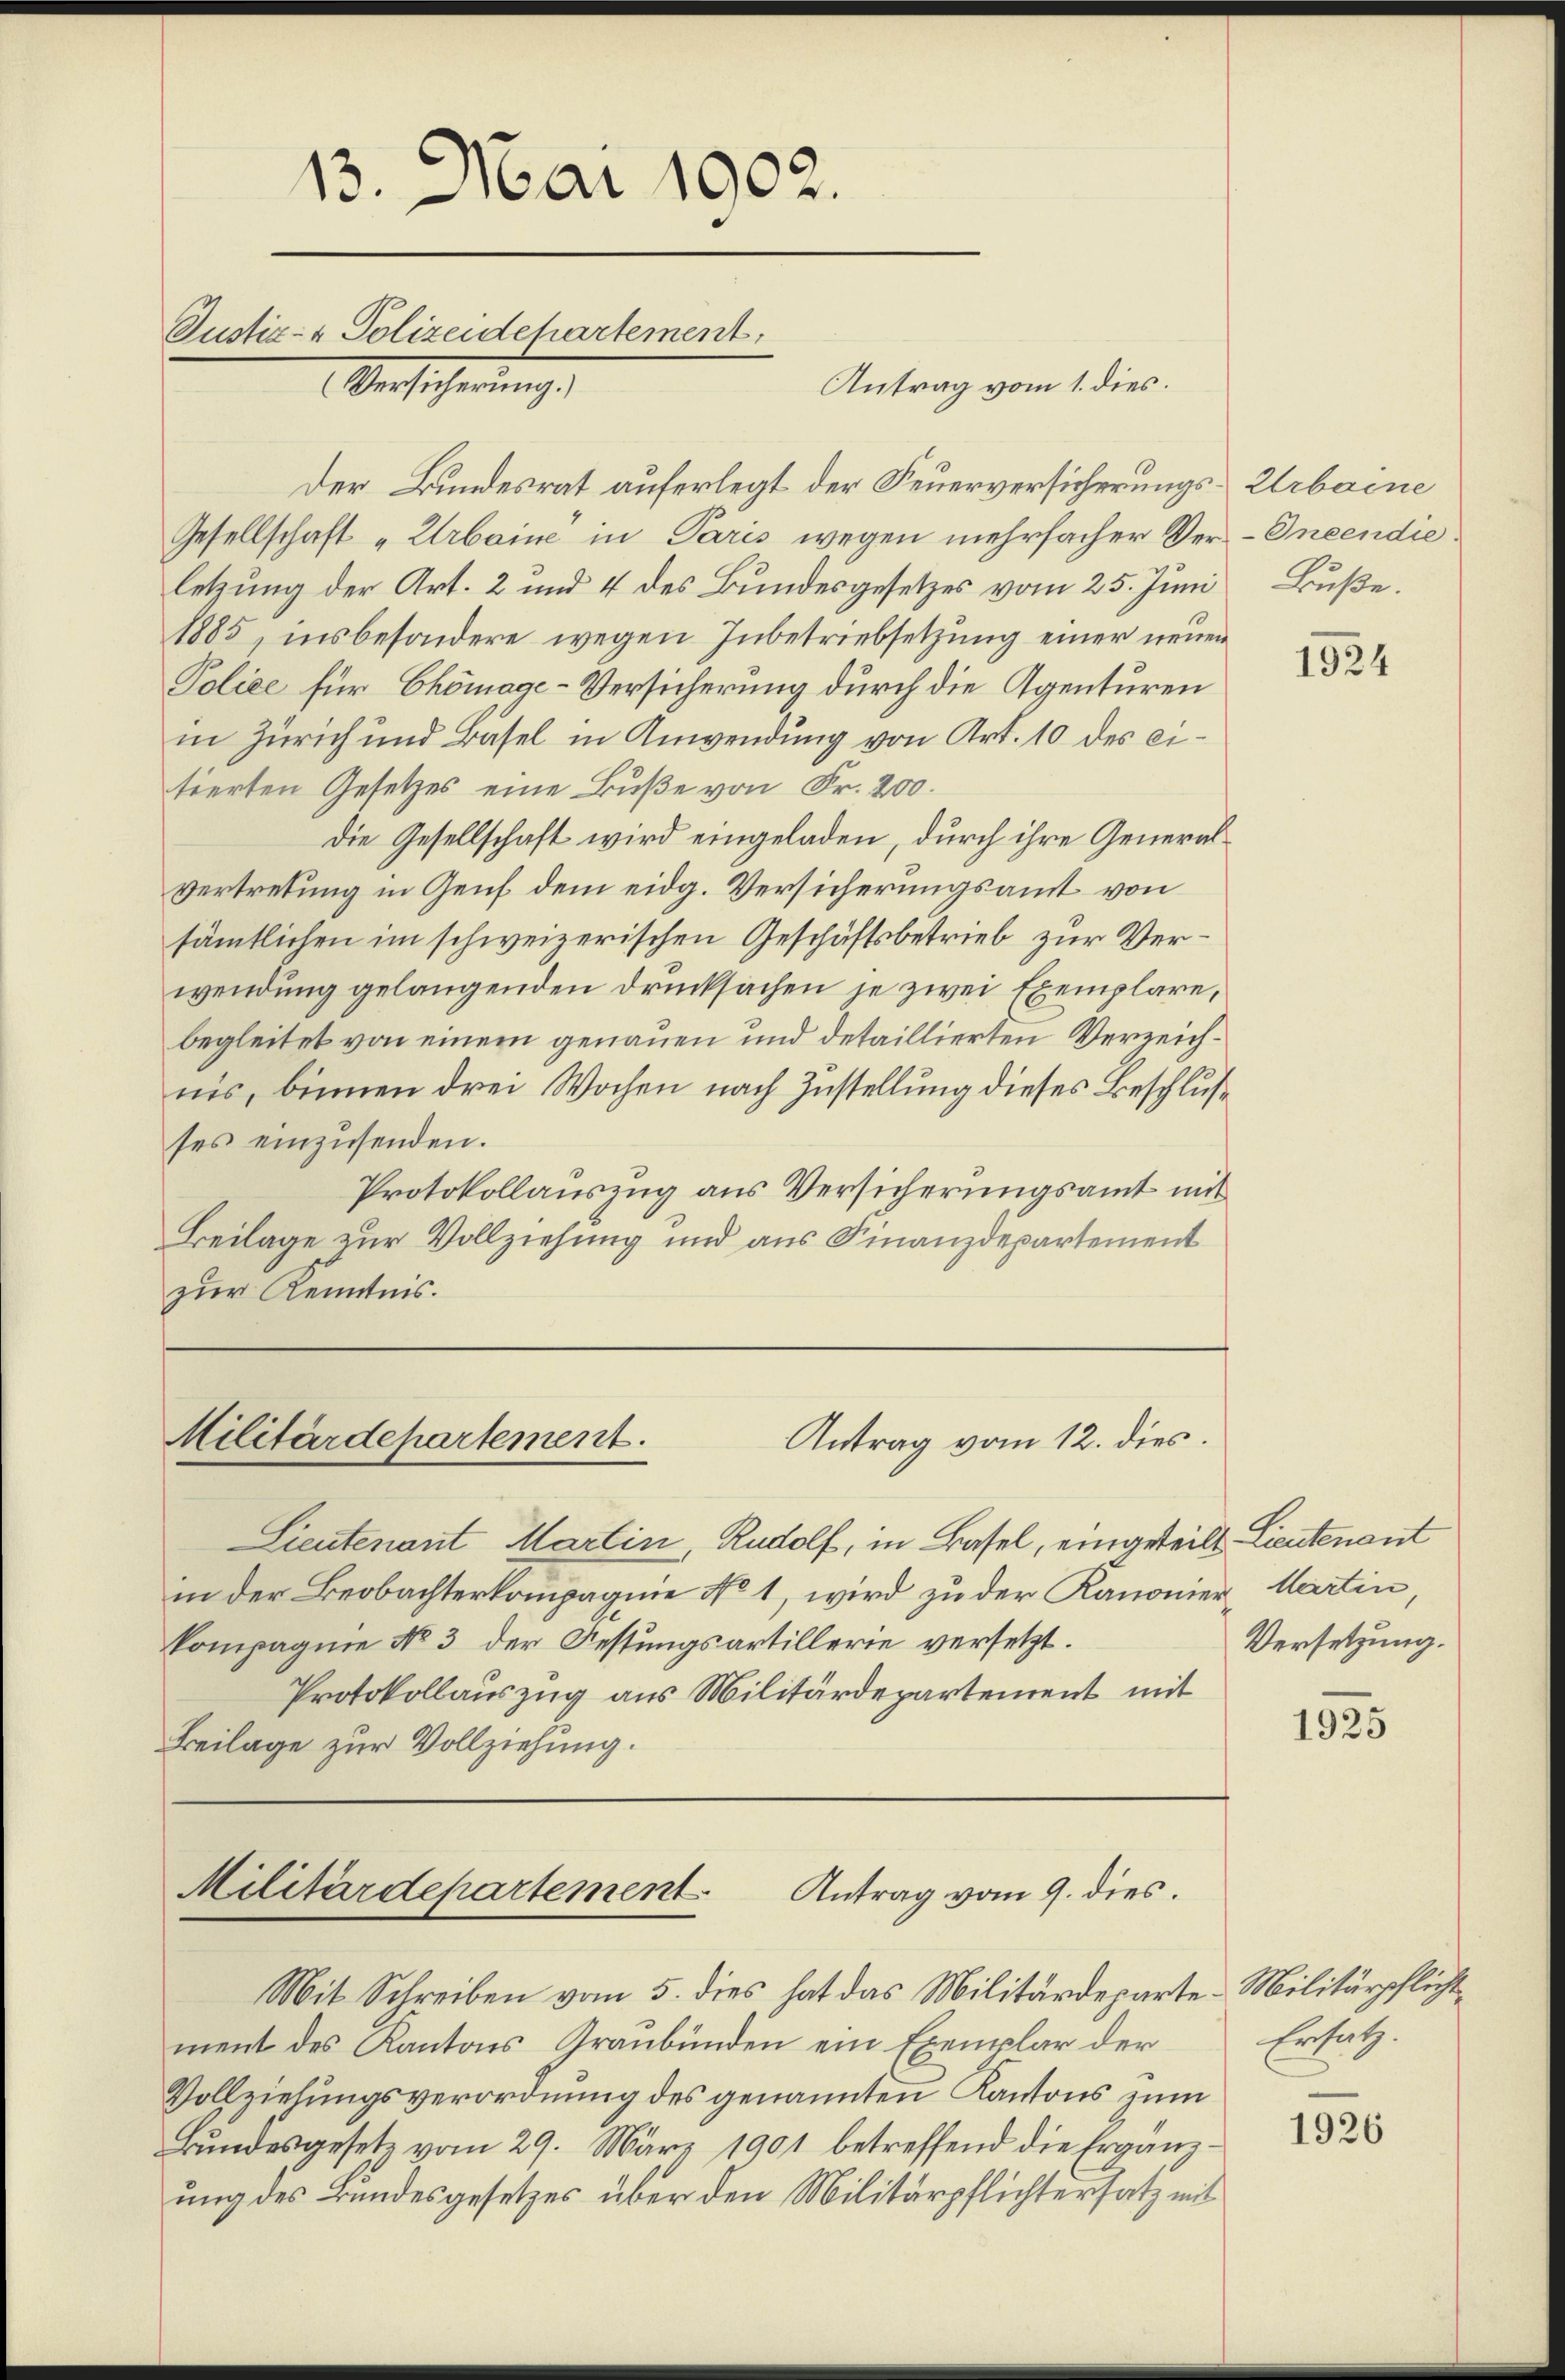
13. Mai 1902.
Justiz- & Polizeidchartement,
Verscherung,
Antrag vom 1. dies

Gesellschaft „Urbaine in Paris wegen mehrfacher Ver-Ineendieletzung der Art. 2 und 4 des Bundesgesetzes vom 25. Juni Buße.
1885, insbesondere wegen Inbetriebsetzung einer neuen
Police für Chömage-Versicherung durch die Agenturen
in Zürich und Basel in Anwendung von Art. 10 des eitierten Gesetzes eine Buße von Fr. 200.
Die Gesellschaft wird eingeladen, durch ihre Generalvertretung in Genf dem eidg. Versicherungsamt von
sämtlichen im schweizerischen Geschäftsbetrieb zur Verwendung gelangenden Drucksachen je zwei Exemplare,
begleitet von einem genauen und detaillierten Verzeichnis, binnen drei Wochen nach Zustellung dieses Beschlußses einzusenden.
Protokollauszug aus Versicherungsamt mit
Beilage zur Vollziehung und aus Finanzdepartement
zur Kenntnis.

Lieutenant Martin, Rudolf, in Basel, eingeteilt. Lieutenant
in der Beobachterkompagnie No 1, wird zu der Kanonier Martin,
kompagnie No 3 der Festungsartillerie versetzt.
Protokollauszug aus Militärdepartement mit
Beilage zur Vollziehung.

Der Bundesrat auferlegt der Feuerversicherungs-Urbaine

Militärdepartement.
Antrag vom 12. dies.

Militärdepartement Antrag vom 9. dies

Mit Schreiben vom 5. dies hat das Militärdeparte Militärpflichtment des Kantons Graubünden ein Exemplar der
Vollziehungsverordnung des genannten Kantons zum
Bundesgesetz vom 29. März 1901 betreffend die Ergänzung des Bundesgesetzes über den Militärpflichtersatz mit

1924

Versetzung.

1925

Ersatz.

1926